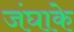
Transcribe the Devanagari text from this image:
जंघाके